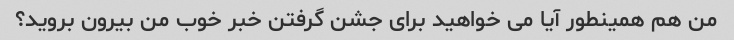
من هم همینطور آیا می خواهید برای جشن گرفتن خبر خوب من بیرون بروید؟